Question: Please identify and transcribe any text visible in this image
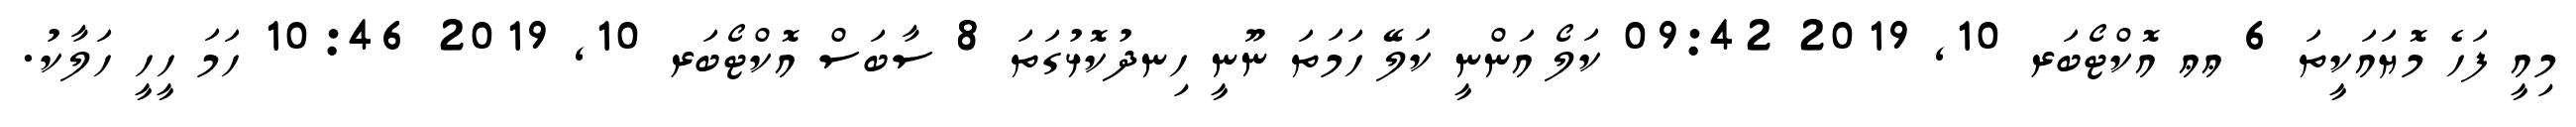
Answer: މިއީ ފަހެ މޮޔައަކީތަ 6 ޢޢ އޮކްޓޯބަރ 10, 2019 09:42 ކަލޯ އަންނީ ކަލޭ ހަމަތަ ނޫނީ ހިނދުކޮޅުގަތަ 8 ސާބަސް އޮކްޓޯބަރ 10, 2019 10:46 ހަމަ ހީހީ ހަލާކު.